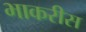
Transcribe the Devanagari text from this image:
भाकरीस